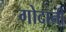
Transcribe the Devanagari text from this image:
गोदानी